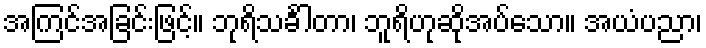
အကြင်အခြင်းဖြင့်။ ဘုရိသင်္ခါတာ၊ ဘူရိဟုဆိုအပ်သော။ အယံပညာ၊